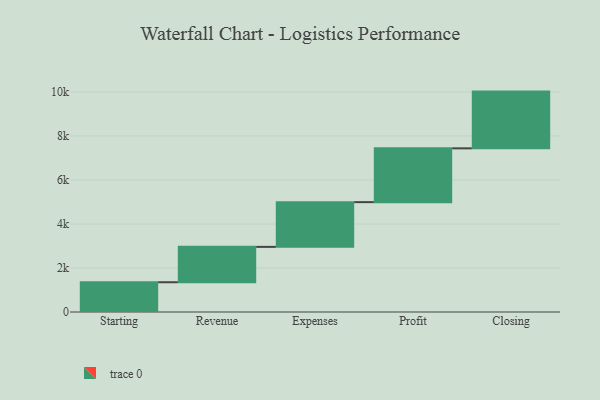
{"axis": {"x": "Step", "y": "Value"}, "legend": [""], "data": [{"x": "Starting", "y": 1352.0, "type": ""}, {"x": "Revenue", "y": 1608.0, "type": ""}, {"x": "Expenses", "y": 2033.0, "type": ""}, {"x": "Profit", "y": 2445.0, "type": ""}, {"x": "Closing", "y": 2579.0, "type": ""}]}